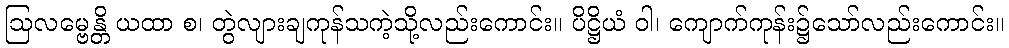
ဩလမ္ဗေန္တိ ယထာ စ၊ တွဲလျားချကုန်သကဲ့သို့လည်းကောင်း။ ပိဋ္ဌိယံ ဝါ၊ ကျောက်ကုန်း၌သော်လည်းကောင်း။